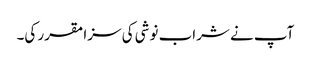
آپ نے شراب نوشی کی سزا مقرر کی۔